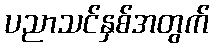
ပညာသင်နှစ်အတွက်